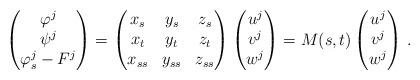
LaTeX: \begin{align*} \begin{pmatrix}\varphi^{j} \\\psi^{j} \\\varphi_{s}^{j} - F^{j}\end{pmatrix} =\begin{pmatrix}x_{s} & y_{s} & z_{s} \\x_{t} & y_{t} & z_{t} \\x_{ss} & y_{ss} & z_{ss}\end{pmatrix}\begin{pmatrix}u^{j} \\v^{j} \\w^{j}\end{pmatrix}=M(s,t)\begin{pmatrix}u^{j} \\v^{j} \\w^{j}\end{pmatrix}\, .\end{align*}